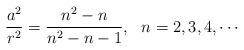
LaTeX: \begin{align*}\frac{a^2}{r^2}=\frac{n^2-n}{n^2-n-1},~~ n=2,3,4, \cdots\end{align*}